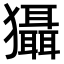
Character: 𤣒